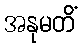
အနုမတိံ